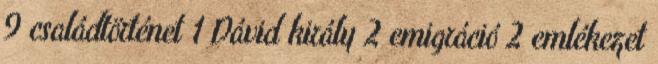
9 családtörténet 1 Dávid király 2 emigráció 2 emlékezet